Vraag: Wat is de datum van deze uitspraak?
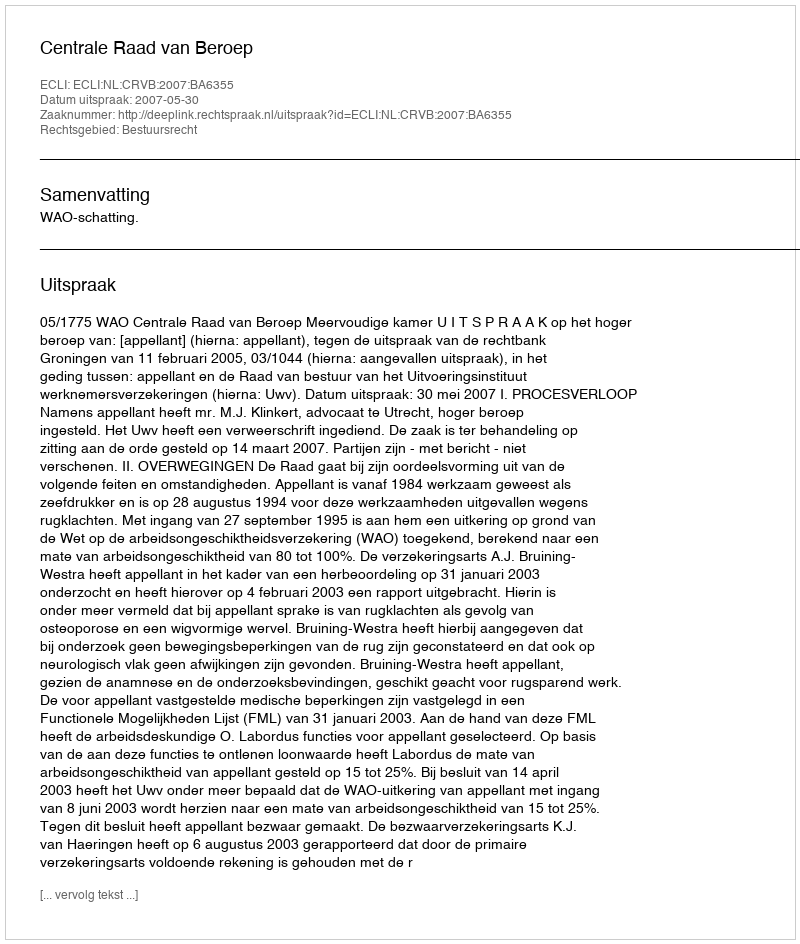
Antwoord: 2007-05-30